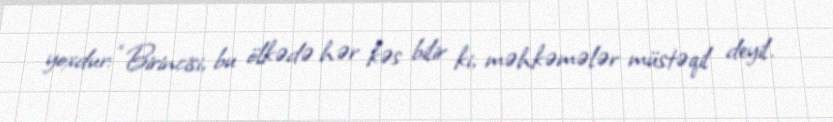
yoxdur: “Birincisi, bu ölkədə hər kəs bilir ki, məhkəmələr müstəqil deyil.